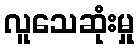
လူသေဆုံးမှု